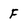
Character: F